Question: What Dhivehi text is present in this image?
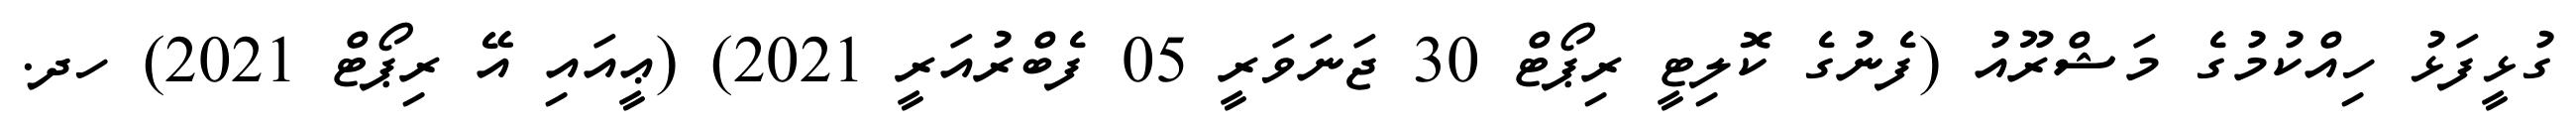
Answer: ގުޅީފަޅު ހިއްކުމުގެ މަޝްރޫއު (ފެނުގެ ކޮލިޓީ ރިޕޯޓް 30 ޖަނަވަރީ 05 ފެބްރުއަރީ 2021) (ޢީއައި އޭ ރިޕޯޓް 2021) ހދ.